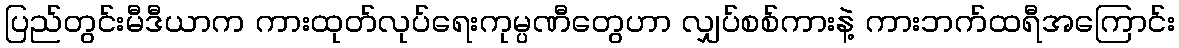
ပြည်တွင်းမီဒီယာက ကားထုတ်လုပ်ရေးကုမ္ပဏီတွေဟာ လျှပ်စစ်ကားနဲ့ ကားဘက်ထရီအကြောင်း